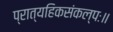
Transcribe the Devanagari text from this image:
प्रात्यहिकसंकल्पः॥